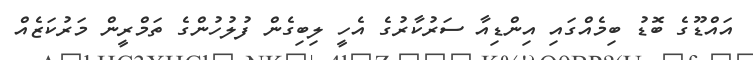
އައްޑޫގެ ބޮޑު ބިމެއްގައި އިންޑިއާ ސަރުކާރުގެ އެހީ ލިބިގެން ފުލުހުންގެ ތަމްރީން މަރުކަޒެއް